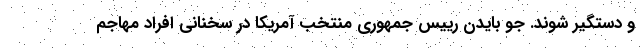
و دستگیر شوند. جو بایدن رییس جمهوری منتخب آمریکا در سخنانی افراد مهاجم